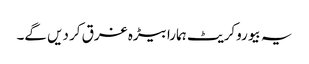
یہ بیوروکریٹ ہمارا بیڑہ غرق کر دیں گے۔